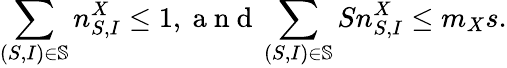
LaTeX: \sum_{(S,I)\in\mathbb{S}}n_{S,I}^{X}\leq 1,\mathrm{~a~n~d~}\sum_{(S,I)\in\mathbb{S}}Sn_{S,I}^{X}\leq m_{X}s.